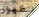
للظهور